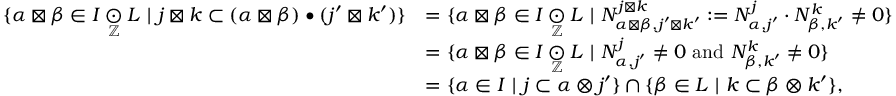
\begin{array} { r l } { \{ \alpha \boxtimes \beta \in I \underset { \mathbb { Z } } { \odot } L \ | \ j \boxtimes k \subset ( \alpha \boxtimes \beta ) \bullet ( j ^ { \prime } \boxtimes k ^ { \prime } ) \} } & { = \{ \alpha \boxtimes \beta \in I \underset { \mathbb { Z } } { \odot } L \ | \ N _ { \alpha \boxtimes \beta , j ^ { \prime } \boxtimes k ^ { \prime } } ^ { j \boxtimes k } : = N _ { \alpha , j ^ { \prime } } ^ { j } \cdot N _ { \beta , k ^ { \prime } } ^ { k } \neq 0 \} } \\ & { = \{ \alpha \boxtimes \beta \in I \underset { \mathbb { Z } } { \odot } L \ | \ N _ { \alpha , j ^ { \prime } } ^ { j } \neq 0 \mathrm { ~ a n d ~ } N _ { \beta , k ^ { \prime } } ^ { k } \neq 0 \} } \\ & { = \{ \alpha \in I \ | \ j \subset \alpha \otimes j ^ { \prime } \} \cap \{ \beta \in L \ | \ k \subset \beta \otimes k ^ { \prime } \} , } \end{array}